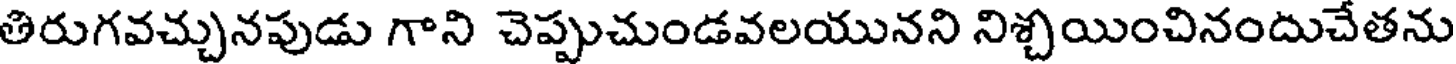
తిరుగవచ్చునపుడు గాని చెప్పుచుండవలయునని నిశ్చయించినందుచేతను